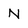
Character: N